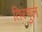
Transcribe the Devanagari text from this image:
तिरमुल